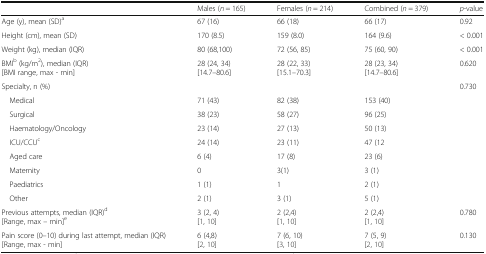
|  | Males (n = 165) | Females (n = 214) | Combined (n = 379) | p-value |
 | --- | --- | --- | --- | --- |
 | Age (y), mean (SD)a | 67 (16) | 66 (18) | 66 (17) | 0.92 |
 | Height (cm), mean (SD) | 170 (8.5) | 159 (8.0) | 164 (9.6) | < 0.001 |
 | Weight (kg), median (IQR) | 80 (68,100) | 72 (56, 85) | 75 (60, 90) | < 0.001 |
 | BMIb (kg/m2), median (IQR)[BMI range, max - min] | 28 (24, 34)[14.7–80.6] | 28 (22, 33)[15.1–70.3] | 28 (23, 34)[14.7–80.6] | 0.620 |
 | Specialty, n (%) |  |  |  | 0.730 |
 | Medical | 71 (43) | 82 (38) | 153 (40) |  |
 | Surgical | 38 (23) | 58 (27) | 96 (25) |  |
 | Haematology/Oncology | 23 (14) | 27 (13) | 50 (13) |  |
 | ICU/CCUc | 24 (14) | 23 (11) | 47 (12 |  |
 | Aged care | 6 (4) | 17 (8) | 23 (6) |  |
 | Maternity | 0 | 3(1) | 3 (1) |  |
 | Paediatrics | 1 (1) | 1 | 2 (1) |  |
 | Other | 2 (1) | 3 (1) | 5 (1) |  |
 | Previous attempts, median (IQR)d[Range, max – min]e | 3 (2, 4)[1, 10] | 2 (2,4)[1, 10] | 2 (2,4)[1, 10] | 0.780 |
 | Pain score (0–10) during last attempt, median (IQR)[Range, max - min] | 6 (4,8)[2, 10] | 7 (6, 10)[3, 10] | 7 (5, 9)[2, 10] | 0.130 |